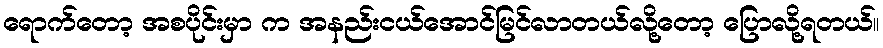
ရောက်တော့ အစပိုင်းမှာ က အနည်းငယ်အောင်မြင်လာတယ်လို့တော့ ပြောလို့ရတယ်။